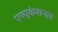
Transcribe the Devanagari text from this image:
एज्यूकेशनल